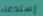
إستدعاء